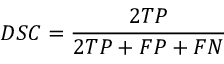
D S C = { \frac { 2 T P } { 2 T P + F P + F N } }